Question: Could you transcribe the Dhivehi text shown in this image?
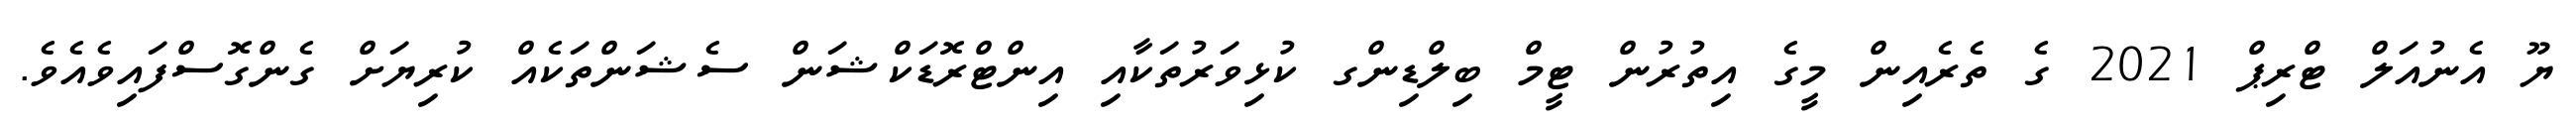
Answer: ޔޫ އެނުއަލް ޓްރިޕް 2021 ގެ ތެރެއިން މީގެ އިތުރުން ޓީމް ބިލްޑިންގ ކުޅިވަރުތަކާއި އިންޓްރޮޑަކްޝަން ސެޝަންތަކެއް ކުރިޔަށް ގެންގޮސްފައިވެއެވެ.